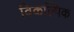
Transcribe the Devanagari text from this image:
विकल्पिक